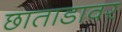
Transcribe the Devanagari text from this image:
छाताडावर